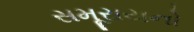
સમૂરાયનો